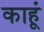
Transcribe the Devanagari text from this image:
काहूं